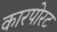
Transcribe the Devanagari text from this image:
कारपोरट